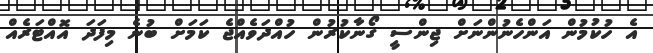
އެ ހުކުމުން އަންހެނުންނަށް ޖިންސީ ގޯނާކުރުން ހުއްދަވެއްޖެ ކަމަށް ބުނެ މިފަދަ އޮއްޓަރެއް